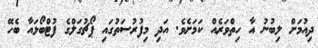
ދިއުމަށް ލިބުނު އާ ހިތްވަރެއް ކަމަށެވެ. އަދި މިފުރުސަތުގައި ޕޯޗުގަލްގެ ފުޓްބޯޅައާ ބެހޭ